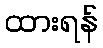
ထားရန်